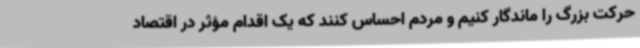
حرکت بزرگ را ماندگار کنیم و مردم احساس کنند که یک اقدام مؤثر در اقتصاد